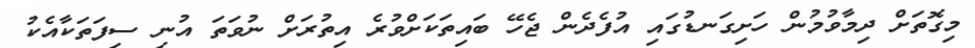
މިގޮތަށް ދިމާވުމުން ހަށިގަނޑުގައި އުފެދެން ޖެހޭ ބައިތަކަށްވުރެ އިތުރަށް ނުވަތަ އުނި ސިފަތަކާއެކު